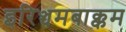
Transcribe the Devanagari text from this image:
इरिञ्चमबाक्कम